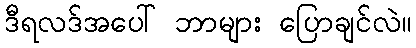
ဒီရလဒ်အပေါ် ဘာများ ပြောချင်လဲ။